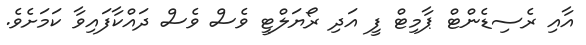
އާއި ރެސިޑެންޓް ޕާމިޓް ފީ އަދި ރޯޔަލްޓީ ވެސް ވެސް ދައްކާފައިވާ ކަމަށެވެ.